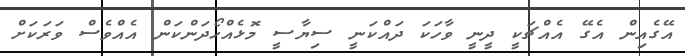
އޭގެއިން އެގޭ އެއްޗަކީ ދީނީ ވާހަކަ ދައްކަނީ ސިޔާސީ މޮޅެއްހޯދަންކަން އެއްވެސް ވަރަކަށް